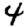
Digit: 4